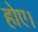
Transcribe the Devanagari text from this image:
होए।